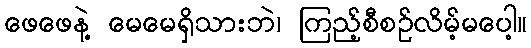
ဖေဖေနဲ့ မေမေရှိသားဘဲ၊ ကြည့်စီစဉ်လိမ့်မပေါ့။